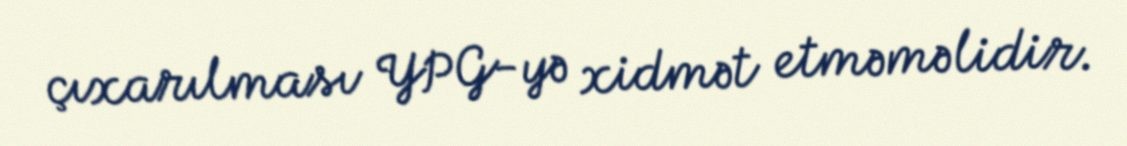
çıxarılması YPG-yə xidmət etməməlidir.